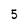
Character: 5